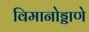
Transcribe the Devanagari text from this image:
विमानोड्डाणे